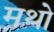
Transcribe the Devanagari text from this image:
मथो